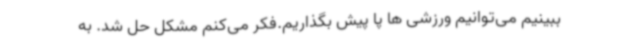
ببینیم می‌توانیم ورزشی ها پا پیش بگذاریم.فکر می‌کنم مشکل حل شد. به